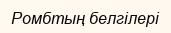
Ромбтың белгілері